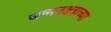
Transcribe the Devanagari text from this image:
जन्मनक्षत्राच्या